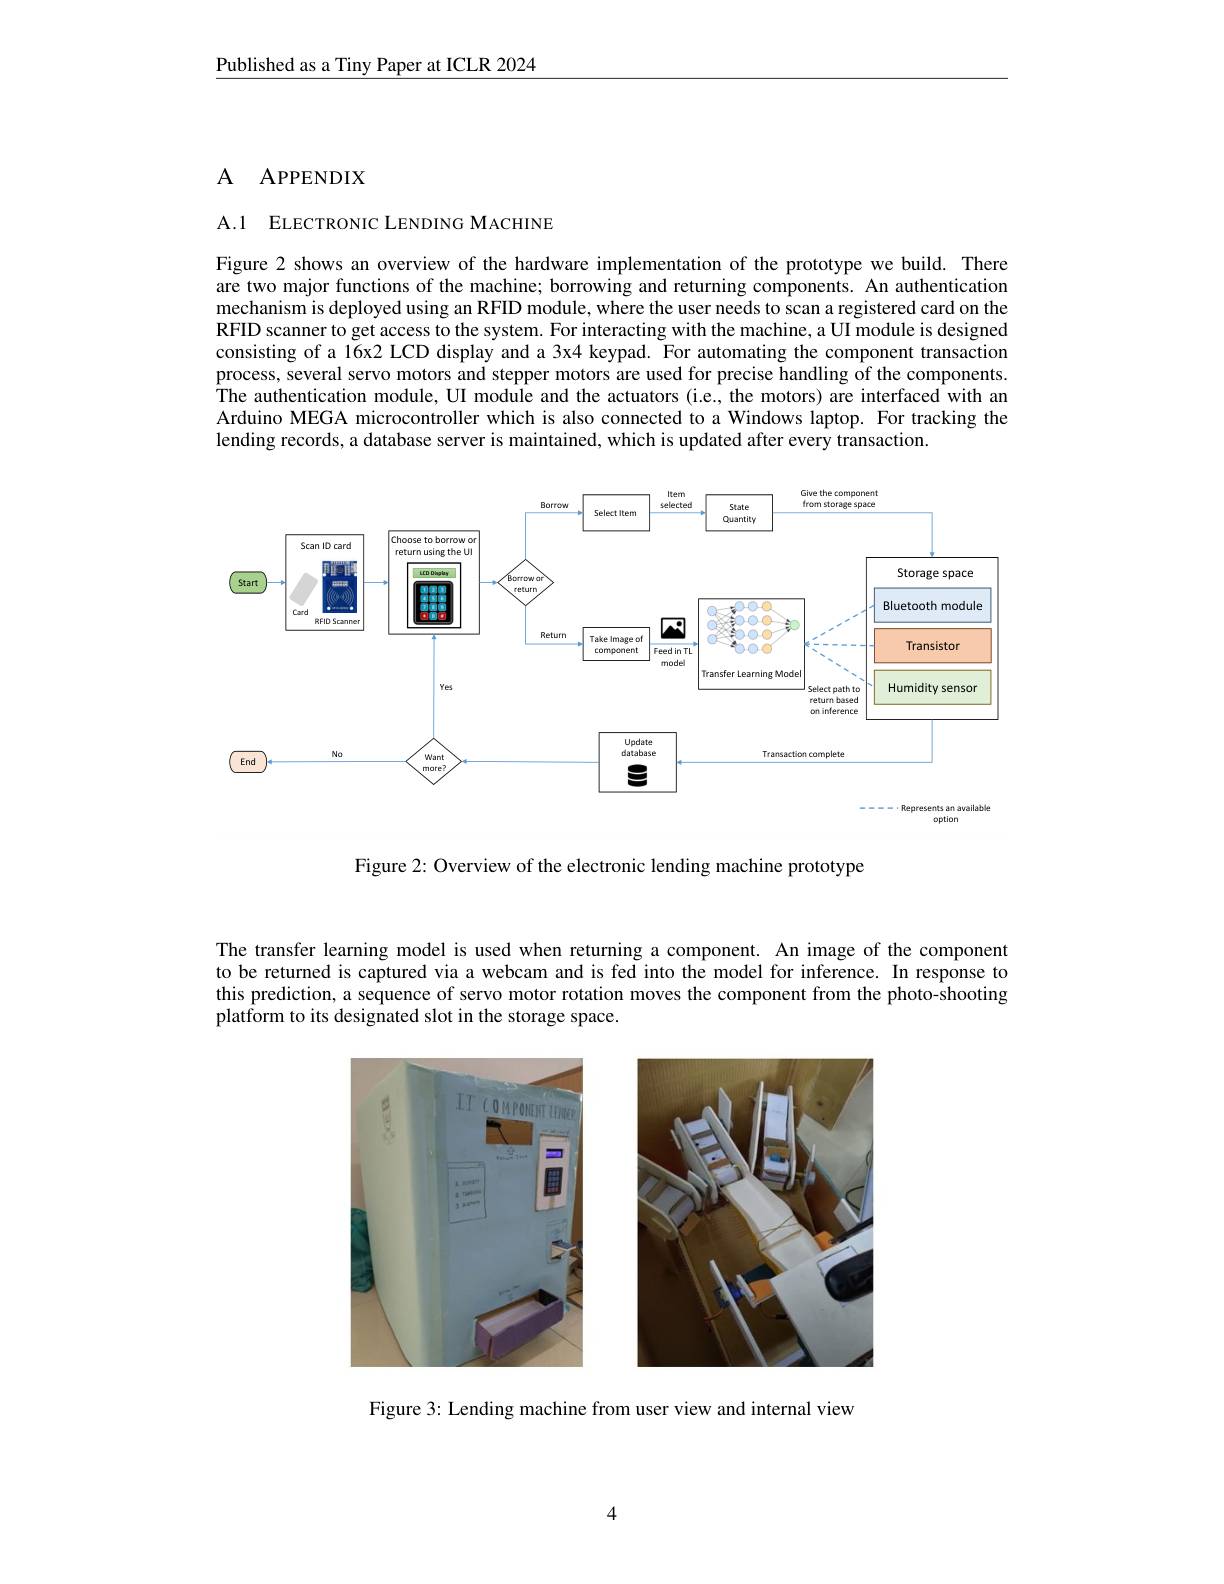
Published as a Tiny Paper at ICLR 2024

## $A$ $APPENDIX$

A.1 ELECTRONIC LENDING MACHINE

Figure 2 shows an overview of the hardware implementation of the prototype we build. There are two major functions of the machine; borrowing and returning components. An authentication mechanism is deployed using an RFID module, where the user needs to scan a registered card on the RFID scanner to get access to the system. For interacting with the machine, a UI module is designed consisting of a 16x2 LCD display and a 3x4 keypad. For automating the component transaction process, several servo motors and stepper motors are used for precise handling of the components. The authentication module, UI module and the actuators (i.e., the motors) are interfaced with an Arduino MEGA microcontroller which is also connected to a Windows laptop. For tracking the lending records, a database server is maintained, which is updated after every transaction.

<FigureHere>
$$\text{----- Represents an available}$$
Figure 2: Overview of the electronic lending machine prototype

The transfer learning model is used when returning a component. An image of the component to be returned is captured via a webcam and is fed into the model for inference. In response to this prediction, a sequence of servo motor rotation moves the component from the photo-shooting platform to its designated slot in the storage space.

<FigureHere>

Figure 3: Lending machine from user view and internal view

4